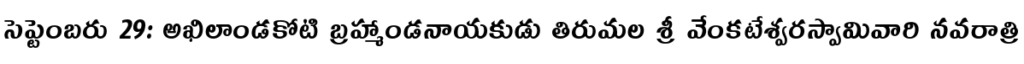
సెప్టెంబరు 29: అఖిలాండకోటి బ్రహ్మాండనాయకుడు తిరుమల శ్రీ వేంకటేశ్వరస్వామివారి నవరాత్రి